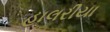
હાલરીયા